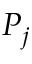
P _ { j }